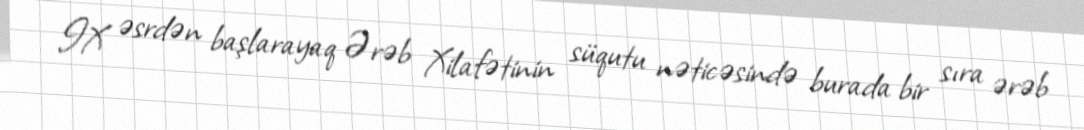
IX əsrdən başlarayaq Ərəb Xilafətinin süqutu nəticəsində burada bir sıra ərəb